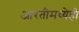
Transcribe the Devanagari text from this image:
आरतीमध्येही